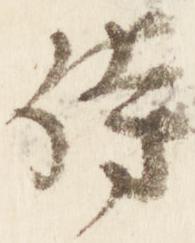
侍